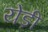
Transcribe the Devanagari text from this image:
येड़ी